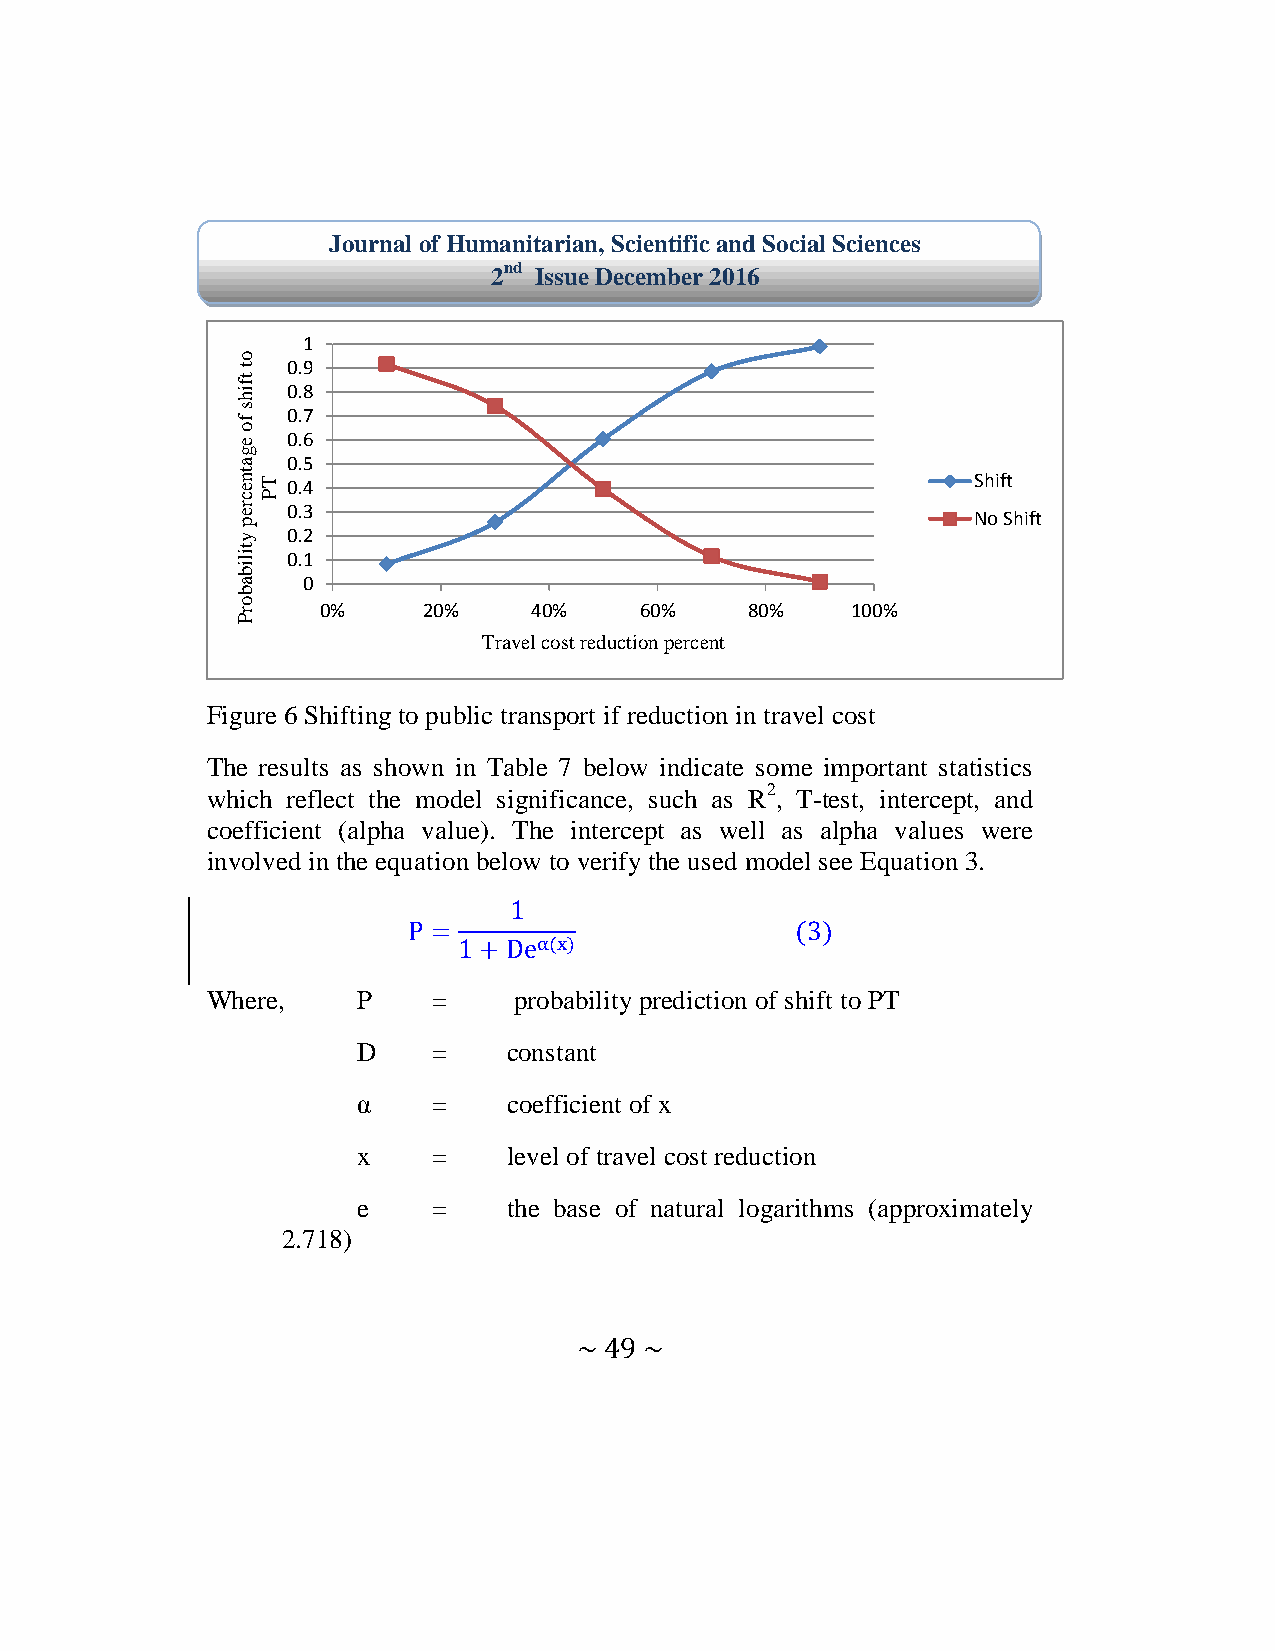
Journal of Humanitarian, Scientific and Social Sciences
 2nd Issue December 2016
 1
 o
 t
 tf
 ih
 00 .. 89
 s
 f
 0.7
 o
 e
 0.6
 g
 a  0.5
 tn eT 0.4                                        Shift
 cP
 r e 0.3                                          No Shift
 p
 y  0.2
 tilib
 0.1
 a   0
 b
 o
 r    0%     20%    40%    60%     80%   100%
 P
 Travel cost reduction percent
 Figure 6 Shifting to public transport if reduction in travel cost
 The results as shown in Table 7 below indicate some important statistics
 which reflect the model significance, such as R2, T-test, intercept, and
 coefficient (alpha value). The intercept as well as alpha values were
 involved in the equation below to verify the used model see Equation 3.
 Where,    P    =    probability prediction of shift to PT
 D    =    constant
 α    =    coefficient of x
 x    =    level of travel cost reduction
 e    =    the base of natural logarithms (approximately
 2.718)
 ~ 49 ~